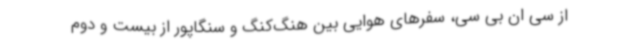
از سی ان بی سی، سفرهای هوایی بین هنگ‌کنگ و سنگاپور از بیست و دوم